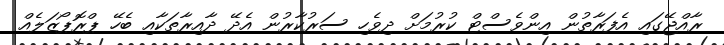
ރާއްޖޭގައި އެފަރާތުން އިންވެސްޓް ކުރުމަށް ދިވެހި ސަރުކާރުން އެދޭ ދާއިރާތަކާއި ބެހޭ ޕްރޮޕޯޒަލެއް